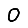
Digit: 0